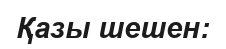
Қазы шешен: